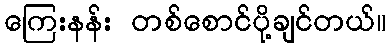
ကြေးနန်း တစ်စောင်ပို့ချင်တယ်။